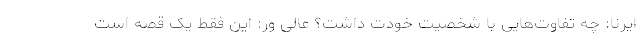
ایرنا: چه تفاوت‌هایی با شخصیت خودت داشت؟ عالی ور: این فقط یک قصه است